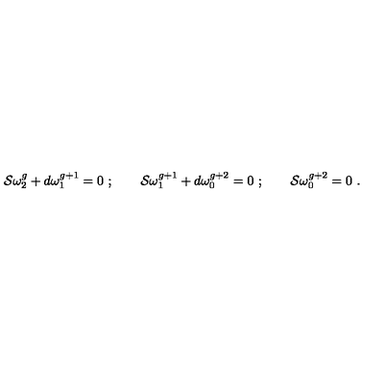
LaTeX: { \cal S } \omega _ { 2 } ^ { g } + d \omega _ { 1 } ^ { g + 1 } = 0 \ ; \qquad { \cal S } \omega _ { 1 } ^ { g + 1 } + d \omega _ { 0 } ^ { g + 2 } = 0 \ ; \qquad { \cal S } \omega _ { 0 } ^ { g + 2 } = 0 \ .